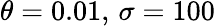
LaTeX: \theta=0.01,\, \sigma=100